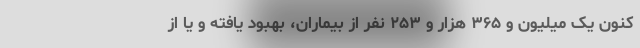
کنون یک میلیون و ۳۶۵ هزار و ۲۵۳ نفر از بیماران، بهبود یافته و یا از